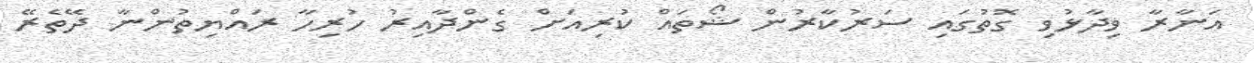
އަނާރާ ވިދާޅުވި ގޮތުގައި ސަރުކާރުން ޝޯތައް ކުރިއަށް ގެންދާއިރު ހުރިހާ ރައްޔިތުންނާ ދޭތެރޭ